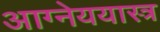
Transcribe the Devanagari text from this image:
आग्नेययास्त्र